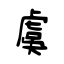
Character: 虞